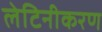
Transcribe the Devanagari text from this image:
लेटिनीकरण